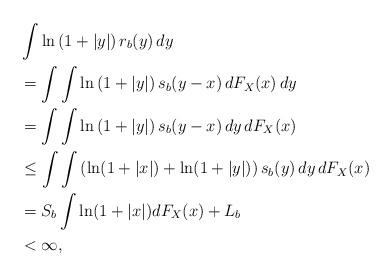
LaTeX: \begin{align*}&\int \ln\left(1+|y|\right)r_b(y) \,dy \\&= \int \int \ln\left(1+|y|\right) s_b(y-x)\,dF_X(x)\,dy \\&= \int \int \ln\left(1+|y|\right) s_b(y-x)\,dy\,dF_X(x) \\&\leq \int \int \left(\ln(1+|x|) + \ln(1+|y|)\right) s_b(y)\,dy\,dF_X(x)\\&=S_b \int \ln(1+|x|) dF_X(x) + L_b \\&< \infty , \end{align*}